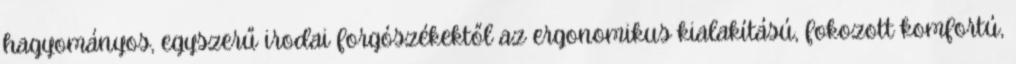
hagyományos, egyszerű irodai forgószékektől az ergonomikus kialakítású, fokozott komfortú,